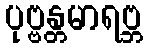
ပုဗ္ဗန္တမာရဗ္ဘ